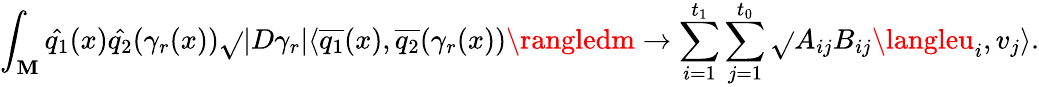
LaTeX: \int_{\mathbf{M}}\hat{{q_{1}}}(x)\hat{{q_{2}}}(\gamma_{r}(x))\sqrt{}{{|D\gamma_{r}|}}\langle\overline{{{q_{1}}}}(x),\overline{{{q_{2}}}}(\gamma_{r}(x))\rangledm\to\sum_{i=1}^{t_{1}}\sum_{j=1}^{t_{0}}\sqrt{}{{A_{ij}B_{ij}}}\langleu_{i},v_{j}\rangle.